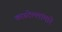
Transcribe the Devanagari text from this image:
कास्टेल्लांमारे